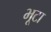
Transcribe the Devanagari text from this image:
भूटा